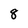
Character: 8